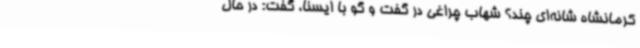
کرمانشاه شانه‌ای چند؟ شهاب چراغی در گفت و گو با ایسنا، گفت: در حال